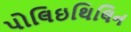
પોલિઇથિલિન